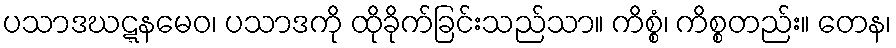
ပသာဒဃဋ္ဋနမေဝ၊ ပသာဒကို ထိုခိုက်ခြင်းသည်သာ။ ကိစ္စံ၊ ကိစ္စတည်း။ တေန၊